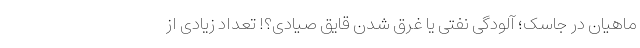
ماهیان در جاسک؛ آلودگی نفتی یا غرق شدن قایق صیادی؟! تعداد زیادی از